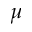
\mu